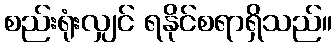
စည်းရုံးလျှင် ရနိုင်စရာရှိသည်။